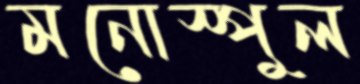
মনোস্পুল